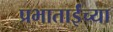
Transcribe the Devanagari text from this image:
प्रभाताईंच्या